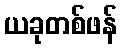
ယခုတစ်ဖန်